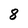
Character: 8